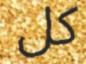
كل